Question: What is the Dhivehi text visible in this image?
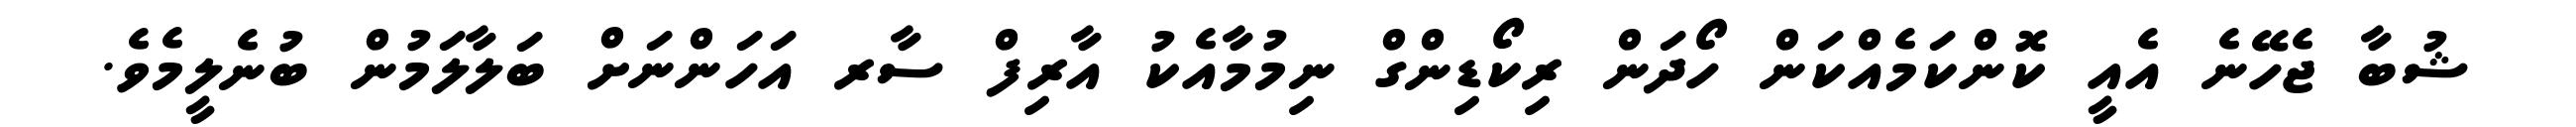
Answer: ޝުބާ ޖެހޭނެ އެއީ ކޮންކަމެއްކަން ހޯދަން ރިކޯޑިންގް ނިމުމާއެކު އާރިފް ސާރ އަހަންނަށް ބަލާލަމުން ބުނެލީމެވެ.